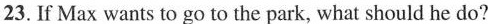
23. If Max wantsto go to the park, what should he do?